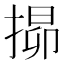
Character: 𭡧